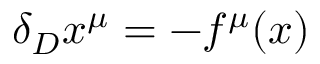
\delta _ { D } x ^ { \mu } = - f ^ { \mu } ( x )